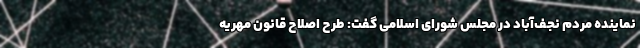
نماینده مردم نجف‌آباد در مجلس شورای اسلامی گفت: طرح اصلاح قانون مهریه